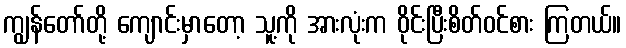
ကျွန်တော်တို့ ကျောင်းမှာတော့ သူ့ကို အားလုံးက ဝိုင်းပြီးစိတ်ဝင်စား ကြတယ်။